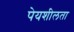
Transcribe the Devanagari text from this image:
पेयशीलता